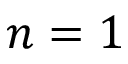
n = 1